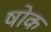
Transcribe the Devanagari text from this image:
षोक